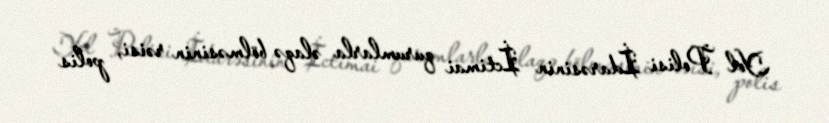
Yol Polisi İdarəsinin İctimai qurumlarla əlaqə bölməsinin rəisi, polis